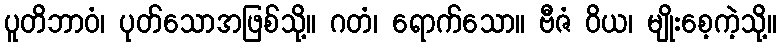
ပူတိဘာဝံ၊ ပုတ်သောအဖြစ်သို့။ ဂတံ၊ ရောက်သော။ ဗီဇံ ဝိယ၊ မျိုးစေ့ကဲ့သို့။